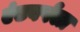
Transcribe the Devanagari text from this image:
एंटवर्पला